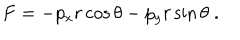
F = - p _ { x } r \cos \theta - p _ { y } r \sin \theta \; .